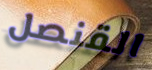
القنصل